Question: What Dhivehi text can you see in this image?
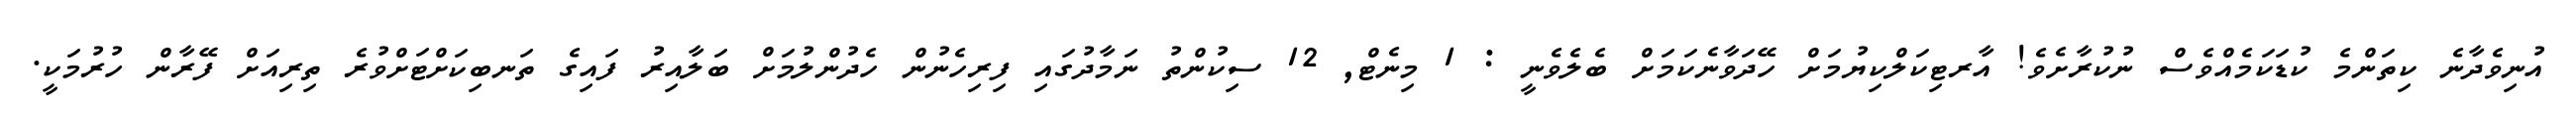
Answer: އުނިވެދާނެ ކިތަންމެ ކުޑަކަމެއްވެސް ނުކުރާށެވެ! އާރޓިކަލްކިޔުމަށް ހޭދަވާނެކަމަށް ބެލެވެނީ : 1 މިނެޓް, 12 ސިކުންތު ނަމާދުގައި ފިރިހެނުން ހެދުންލުމަށް ބަލާއިރު ފައިގެ ތަނބިކަށްޓަށްވުރެ ތިރިއަށް ފޭރާން ހުރުމަކީ.